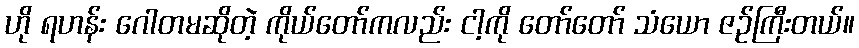
ဟို ရဟန်း ဂေါတမဆိုတဲ့ ကိုယ်တော်ကလည်း ငါ့ကို တော်တော် သံယော ဇဉ်ကြီးတယ်။